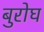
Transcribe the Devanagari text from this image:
बुरोघ